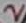
Text: 2